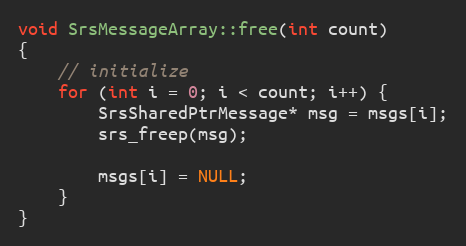
Language: C++
void SrsMessageArray::free(int count)
{
    // initialize
    for (int i = 0; i < count; i++) {
        SrsSharedPtrMessage* msg = msgs[i];
        srs_freep(msg);

        msgs[i] = NULL;
    }
}